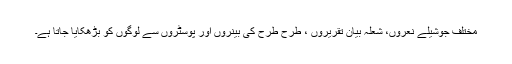
مختلف جوشیلے نعروں، شعلہ بیان تقریروں ، طرح طرح کی بینروں اور پوسٹروں سے لوگوں کو بڑھکایا جاتا ہے۔